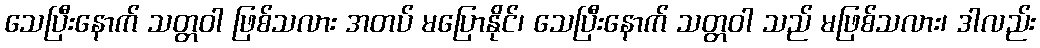
သေပြီးနောက် သတ္တဝါ ဖြစ်သလား အတပ် မပြောနိုင်၊ သေပြီးနောက် သတ္တဝါ သည် မဖြစ်သလား၊ ဒါလည်း